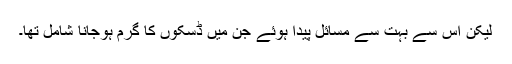
لیکن اس سے بہت سے مسائل پیدا ہوئے جن میں ڈسکوں کا گرم ہوجانا شامل تھا۔